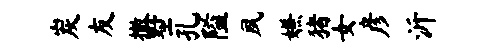
炭友撤墅孔隘夙嫌猪女彦沂